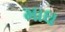
માઘ